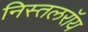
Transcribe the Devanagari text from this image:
निस्तलरॉय